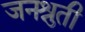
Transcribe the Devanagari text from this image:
जनश्रुती